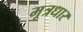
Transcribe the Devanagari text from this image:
मूत्रधार